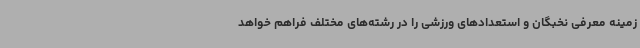
زمینه معرفی نخبگان و استعدادهای ورزشی را در رشته‌های مختلف فراهم خواهد